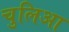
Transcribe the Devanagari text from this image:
चुलिआ